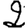
Digit: 2